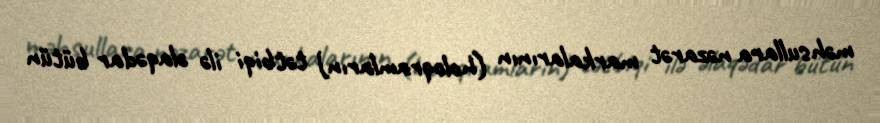
məhsullara nəzarət markalarının (holoqramların) tətbiqi ilə əlaqədar bütün